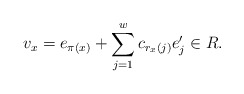
\begin{align*}v_x = e_{\pi(x)} + \sum_{j=1}^w c_{r_x(j)} e_j' \in R.\end{align*}